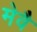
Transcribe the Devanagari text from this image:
मेवै